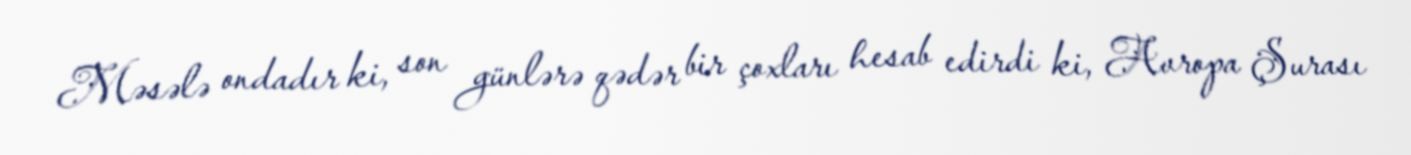
Məsələ ondadır ki, son günlərə qədər bir çoxları hesab edirdi ki, Avropa Şurası